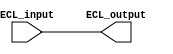
module ECL_buffer(
    input wire ECL_input,
    output wire ECL_output
);

assign ECL_output = ECL_input;

endmodule